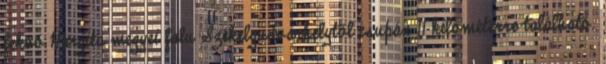
fekvő Hargita megyei falu Székelyudvarhelytől csupán 11 kilométerre található.